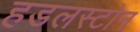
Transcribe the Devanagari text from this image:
हडलस्टोन